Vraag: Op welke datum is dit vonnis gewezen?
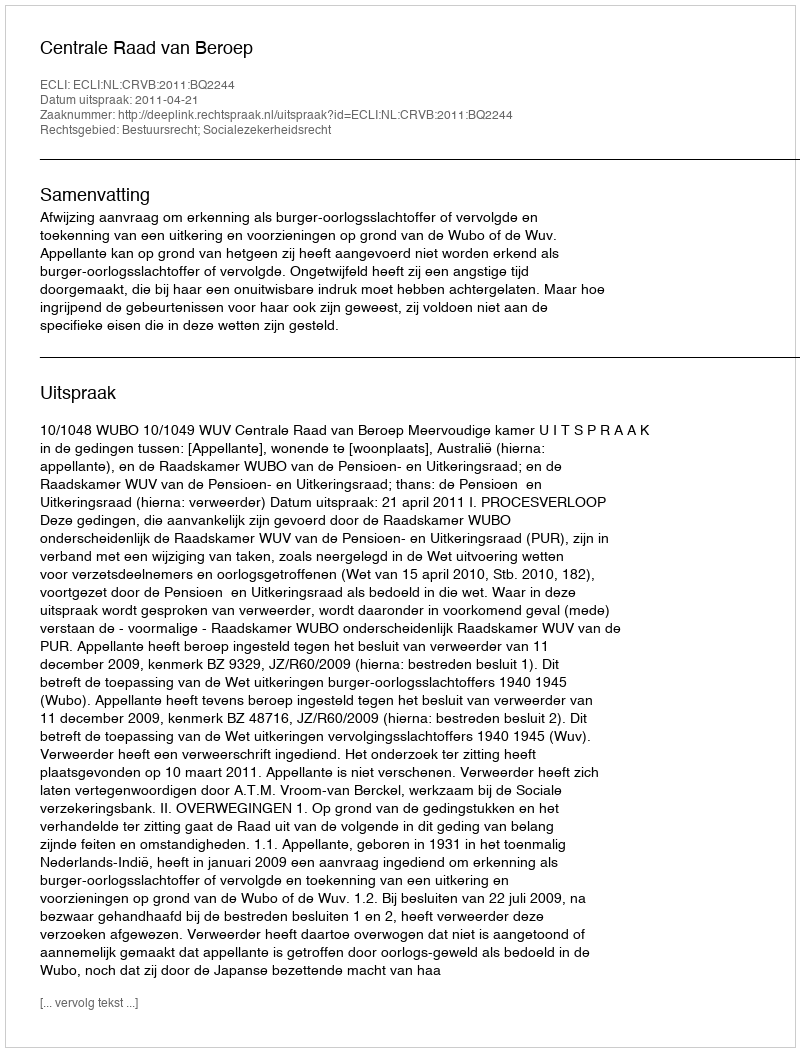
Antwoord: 2011-04-21